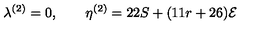
\lambda ^ { ( 2 ) } = 0 , \qquad \eta ^ { ( 2 ) } = 2 2 S + ( 1 1 r + 2 6 ) { \cal { E } }